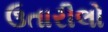
ઉતારીલો